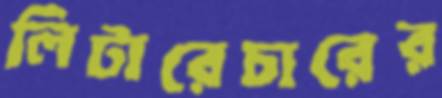
লিটারেচারের